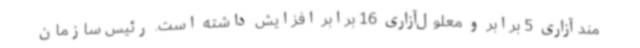
مندآزاری 5 برابر و معلول‌آزاری 16 برابر افزایش داشته است. رئیس سازمان